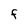
Character: F